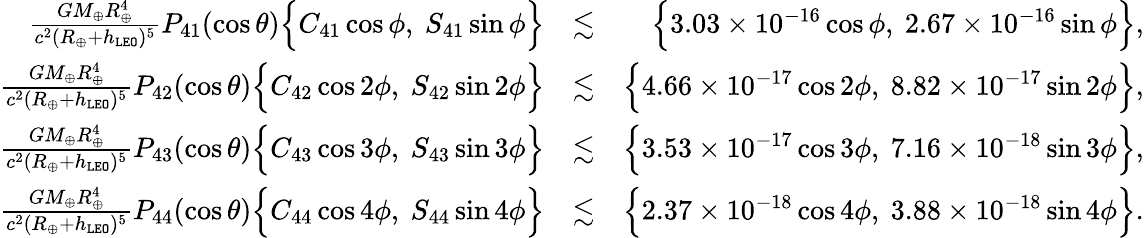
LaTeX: \begin{array}{rlr}{\frac{GM_{\oplus}R_{\oplus}^{4}}{c^{2}(R_{\oplus}+h_{\tt LEO})^{5}}P_{41}(\cos\theta)\Big\{ C_{41}\cos\phi,~S_{41}\sin\phi\Big\} }&{\lesssim}&{\Big\{ 3.03\times 10^{-16}\cos\phi,~2.67\times 10^{-16}\sin\phi\Big\} ,}\\ {\frac{GM_{\oplus}R_{\oplus}^{4}}{c^{2}(R_{\oplus}+h_{\tt LEO})^{5}}P_{42}(\cos\theta)\Big\{ C_{42}\cos 2\phi,~S_{42}\sin 2\phi\Big\} }&{\lesssim}&{\Big\{ 4.66\times 10^{-17}\cos 2\phi,~8.82\times 10^{-17}\sin 2\phi\Big\} ,}\\ {\frac{GM_{\oplus}R_{\oplus}^{4}}{c^{2}(R_{\oplus}+h_{\tt LEO})^{5}}P_{43}(\cos\theta)\Big\{ C_{43}\cos 3\phi,~S_{43}\sin 3\phi\Big\} }&{\lesssim}&{\Big\{ 3.53\times 10^{-17}\cos 3\phi,~7.16\times 10^{-18}\sin 3\phi\Big\} ,}\\ {\frac{GM_{\oplus}R_{\oplus}^{4}}{c^{2}(R_{\oplus}+h_{\tt LEO})^{5}}P_{44}(\cos\theta)\Big\{ C_{44}\cos 4\phi,~S_{44}\sin 4\phi\Big\} }&{\lesssim}&{\Big\{ 2.37\times 10^{-18}\cos 4\phi,~3.88\times 10^{-18}\sin 4\phi\Big\} .}\end{array}